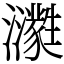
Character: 㶙